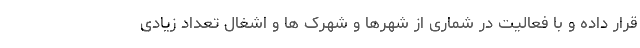
قرار داده و با فعالیت در شماری از شهرها و شهرک ها و اشغال تعداد زیادی